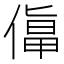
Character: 𠍬